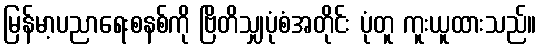
မြန်မာ့ပညာရေးစနစ်ကို ဗြိတိသျှပုံစံအတိုင်း ပုံတူ ကူးယူထားသည်။